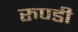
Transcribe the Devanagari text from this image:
रुण्डी